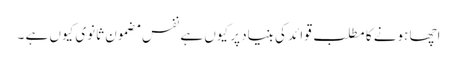
اچھا ہونے کا مطلب قوائد کی بنیاد پر کیوں ہے نفس مضمون ثانوی کیوں ہے ۔